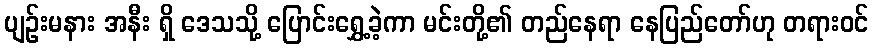
ပျဉ်းမနား အနီး ရှိ ဒေသသို့ ပြောင်းရွှေ့ခဲ့ကာ မင်းတို့၏ တည်နေရာ နေပြည်တော်ဟု တရားဝင်